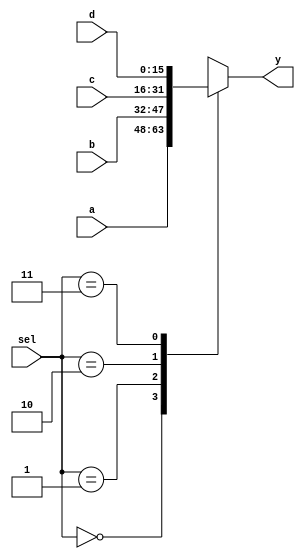
module mux4(a, b, c, d, sel, y);

input [15:0] a, b, c, d;
input [1:0] sel;
output reg [15:0] y;

always @ (*) begin
	case(sel) 
		2'b00 : begin
			y = a;
		end
		2'b01 : begin
			y = b;
		end
		2'b10 : begin
			y = c;
		end
		2'b11 : begin
			y = d;
		end
	endcase
end

endmodule